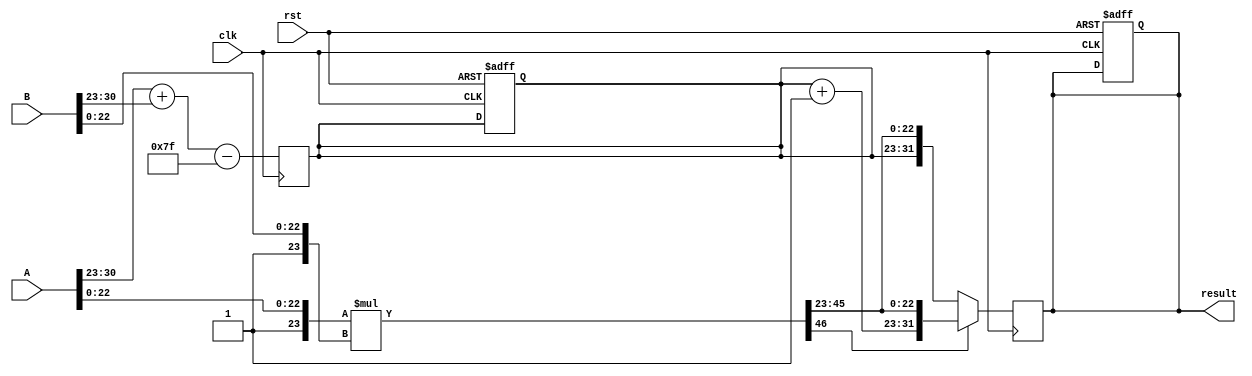
module radix4_fp_multiplier #(
    parameter E = 8,  // Exponent bits
    parameter M = 23, // Mantissa bits
    parameter BIAS = 127 // Bias for exponent
)(
    input wire clk,
    input wire rst,
    input wire [E + M:0] A, // IEEE 754 single-precision representation
    input wire [E + M:0] B, // IEEE 754 single-precision representation
    output reg [E + M:0] result // IEEE 754 single-precision representation
);

    // Internal signals
    wire sign_A = A[E + M]; // Sign bit of A
    wire sign_B = B[E + M]; // Sign bit of B
    wire [E - 1:0] exponent_A = A[E + M - 1:E + M - E]; // Exponent of A
    wire [E - 1:0] exponent_B = B[E + M - 1:E + M - E]; // Exponent of B
    wire [M:0] mantissa_A = {1'b1, A[M - 1:0]}; // Adding implicit leading 1
    wire [M:0] mantissa_B = {1'b1, B[M - 1:0]}; // Adding implicit leading 1

    wire [2*M:0] mantissa_product; // Product of mantissas
    reg [E:0] exponent_result; // Exponent result
    reg sign_result; // Sign result

    // Sign calculation
    always @(posedge clk or posedge rst) begin
        if (rst) begin
            sign_result <= 1'b0;
            exponent_result <= 0;
            result <= 0;
        end else begin
            sign_result <= sign_A ^ sign_B; // XOR for sign
        end
    end

    // Mantissa multiplication (Radix-4)
    // Here, we perform the multiplication of the mantissas
    assign mantissa_product = mantissa_A * mantissa_B;

    // Exponent calculation
    always @(posedge clk) begin
        exponent_result <= exponent_A + exponent_B - BIAS; // Calculate exponent
    end

    // Output result assembly
    always @(posedge clk) begin
        // Normalize and round the mantissa product
        // In a full implementation, you would include normalization and rounding logic
        if (mantissa_product[2*M] == 1) begin
            // Handle normalization shift right
            result <= {sign_result, exponent_result + 1'b1, mantissa_product[2*M-1:M]};
        end else begin
            result <= {sign_result, exponent_result, mantissa_product[2*M-1:M]};
        end
    end

endmodule